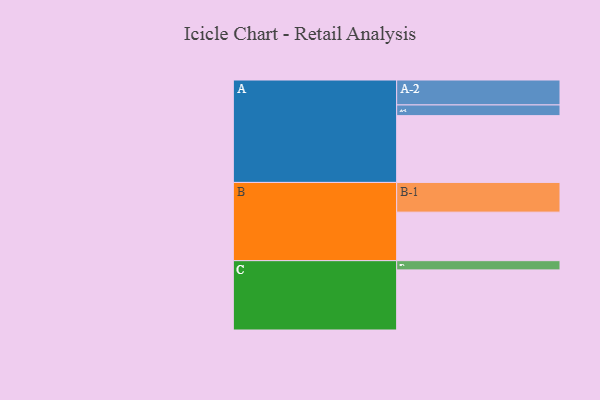
{"axis": {"x": "Segment", "y": "Value"}, "legend": ["", "A", "B", "C"], "data": [{"x": "A", "y": 450, "type": ""}, {"x": "B", "y": 327, "type": ""}, {"x": "C", "y": 405, "type": ""}, {"x": "A-1", "y": 72, "type": "A"}, {"x": "A-2", "y": 168, "type": "A"}, {"x": "B-1", "y": 200, "type": "B"}, {"x": "C-1", "y": 62, "type": "C"}]}